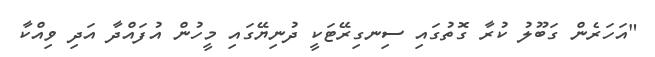
"އަހަރެން ގަބޫލު ކުރާ ގޮތުގައި ސިނގިރޭޓަކީ ދުނިޔޭގައި މީހުން އުފައްދާ އަދި ވިއްކާ